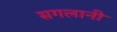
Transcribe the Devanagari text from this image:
सगलानी